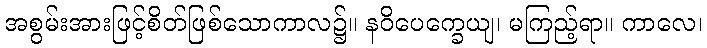
အစွမ်းအားဖြင့်စိတ်ဖြစ်သောကာလ၌။ နဝိပေက္ခေယျ၊ မကြည့်ရာ။ ကာလေ၊